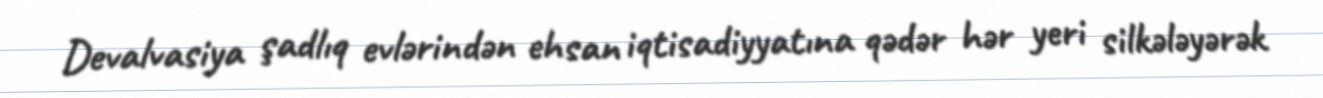
Devalvasiya şadlıq evlərindən ehsan iqtisadiyyatına qədər hər yeri silkələyərək